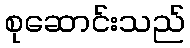
စုဆောင်းသည်